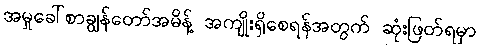
အမှုခေါ်စာချွန်တော်အမိန့် အကျိုးရှိစေရန်အတွက် ဆုံးဖြတ်ရမှာ